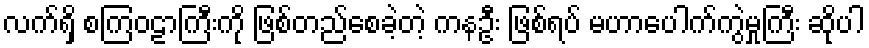
လက်ရှိ စကြဝဠာကြီးကို ဖြစ်တည်စေခဲ့တဲ့ ကနဦး ဖြစ်ရပ် မဟာပေါက်ကွဲမှုကြီး ဆိုပါ